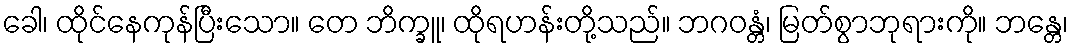
ခေါ၊ ထိုင်နေကုန်ပြီးသော။ တေ ဘိက္ခူ၊ ထိုရဟန်းတို့သည်။ ဘဂဝန္တံ၊ မြတ်စွာဘုရားကို။ ဘန္တေ၊